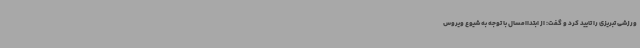
ورزشی تبریزی را تایید کرد و گفت: از ابتداامسال با توجه به شیوع ویروس